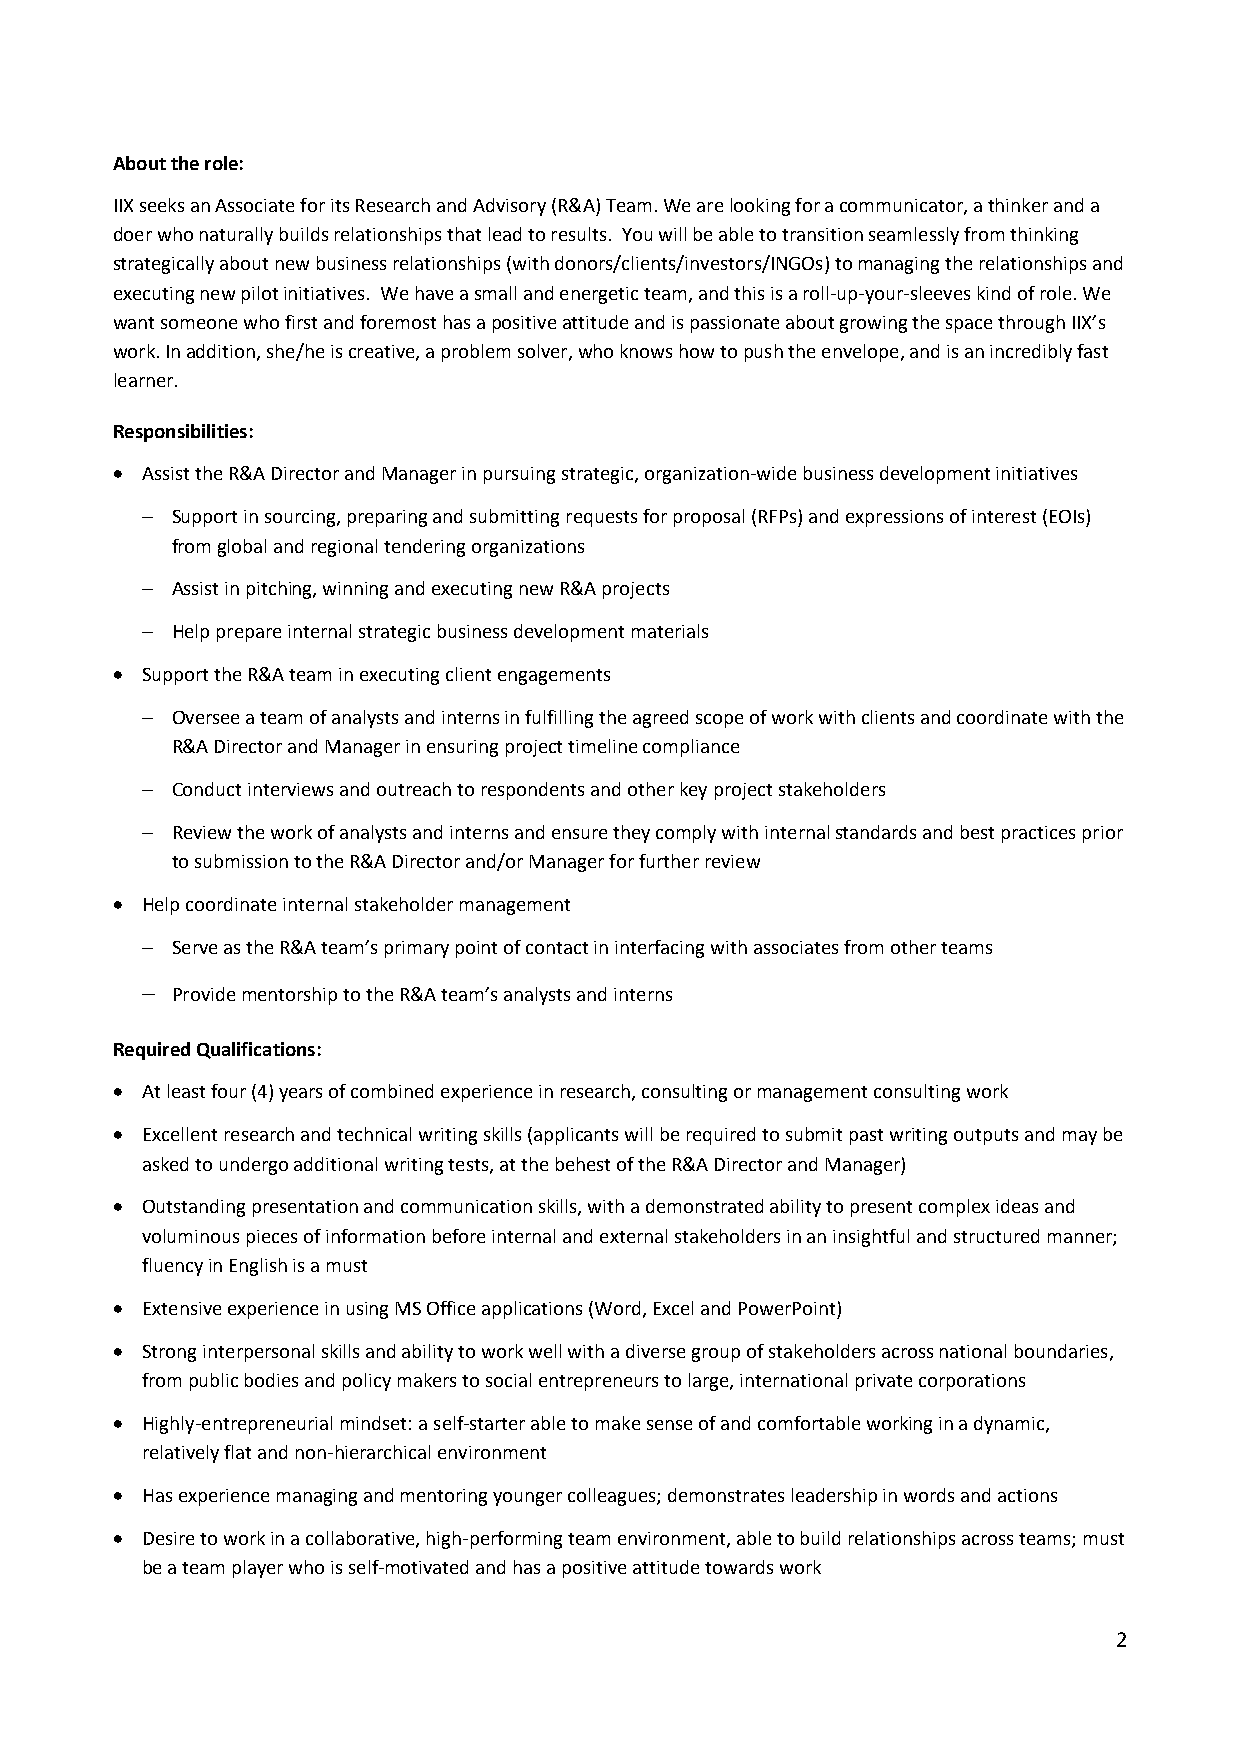
About the role:
 IIX seeks an Associate for its Research and Advisory (R&A) Team. We are looking for a communicator, a thinker and a
 doer who naturally builds relationships that lead to results. You will be able to transition seamlessly from thinking
 strategically about new business relationships (with donors/clients/investors/INGOs) to managing the relationships and
 executing new pilot initiatives. We have a small and energetic team, and this is a roll-up-your-sleeves kind of role. We
 want someone who first and foremost has a positive attitude and is passionate about growing the space through IIX’s
 work. In addition, she/he is creative, a problem solver, who knows how to push the envelope, and is an incredibly fast
 learner.
 Responsibilities:
 • Assist the R&A Director and Manager in pursuing strategic, organization-wide business development initiatives
 - Support in sourcing, preparing and submitting requests for proposal (RFPs) and expressions of interest (EOIs)
 from global and regional tendering organizations
 - Assist in pitching, winning and executing new R&A projects
 - Help prepare internal strategic business development materials
 • Support the R&A team in executing client engagements
 - Oversee a team of analysts and interns in fulfilling the agreed scope of work with clients and coordinate with the
 R&A Director and Manager in ensuring project timeline compliance
 - Conduct interviews and outreach to respondents and other key project stakeholders
 - Review the work of analysts and interns and ensure they comply with internal standards and best practices prior
 to submission to the R&A Director and/or Manager for further review
 • Help coordinate internal stakeholder management
 - Serve as the R&A team’s primary point of contact in interfacing with associates from other teams
 - Provide mentorship to the R&A team’s analysts and interns
 Required Qualifications:
 • At least four (4) years of combined experience in research, consulting or management consulting work
 • Excellent research and technical writing skills (applicants will be required to submit past writing outputs and may be
 asked to undergo additional writing tests, at the behest of the R&A Director and Manager)
 • Outstanding presentation and communication skills, with a demonstrated ability to present complex ideas and
 voluminous pieces of information before internal and external stakeholders in an insightful and structured manner;
 fluency in English is a must
 • Extensive experience in using MS Office applications (Word, Excel and PowerPoint)
 • Strong interpersonal skills and ability to work well with a diverse group of stakeholders across national boundaries,
 from public bodies and policy makers to social entrepreneurs to large, international private corporations
 • Highly-entrepreneurial mindset: a self-starter able to make sense of and comfortable working in a dynamic,
 relatively flat and non-hierarchical environment
 • Has experience managing and mentoring younger colleagues; demonstrates leadership in words and actions
 • Desire to work in a collaborative, high-performing team environment, able to build relationships across teams; must
 be a team player who is self-motivated and has a positive attitude towards work
 2